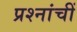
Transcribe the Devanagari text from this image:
प्रश्नांचीं